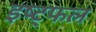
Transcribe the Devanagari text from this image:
इष्ट्फल